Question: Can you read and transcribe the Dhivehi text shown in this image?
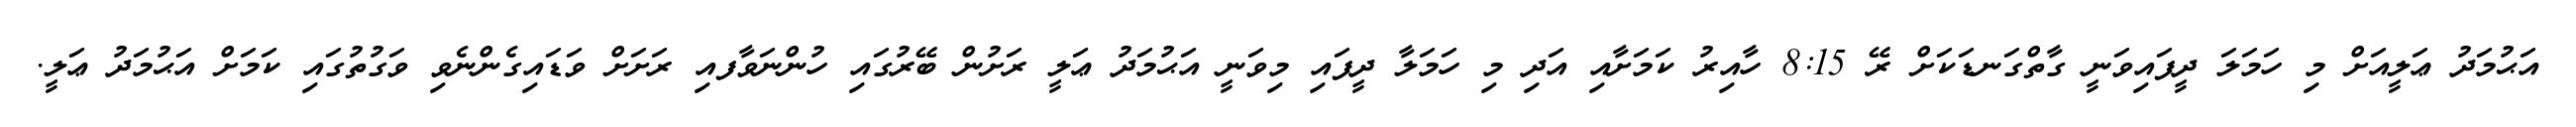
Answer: އަޙުމަދު ޢަލީއަށް މި ހަމަލަ ދީފައިވަނީ ގާތްގަނޑަކަށް ރޭ 8:15 ހާއިރު ކަމަށާއި އަދި މި ހަމަލާ ދީފައި މިވަނީ އަޙުމަދު ޢަލީ ރަށުން ބޭރުގައި ހުންނަވާފއި ރަށަށް ވަޑައިގެންނެވި ވަގުތުގައި ކަމަށް އަޙުމަދު ޢަލީ.